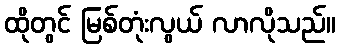
ထိုတွင် မြစ်တုံးလွယ် လာလိုသည်။